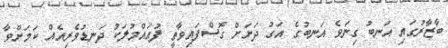
ބާޒާރުގައި އަނބު ގިނަވެ އަނބުގެ އަގު ދަށަށް ގޮސްފައިވާތީ ފުއައްމުލަކު ދަނޑުވެރިއެއް ކަމަށްވާ